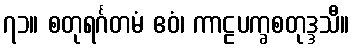
၇၁။ စတုရင်္ဂတမံ ဧဝံ၊ ကာဠပက္ခစတုဒ္ဒသီ။